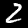
Label: 2